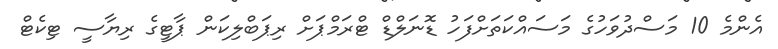
އެންމެ 10 މަސްދުވަހުގެ މަސައްކަތަށްފަހު ޑޮނަލްޑް ޓްރަމްޕަށް ރިޕަބްލިކަން ޕާޓީގެ ރިޔާސީ ޓިކެޓް